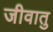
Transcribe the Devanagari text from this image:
जीवातु